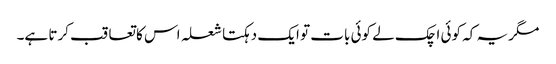
مگر یہ کہ کوئی اچک لے کوئی بات تو ایک دہکتا شعلہ اس کا تعاقب کرتا ہے۔